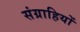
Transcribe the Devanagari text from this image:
संग्राहियों